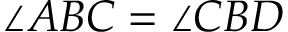
\angle A B C = \angle C B D